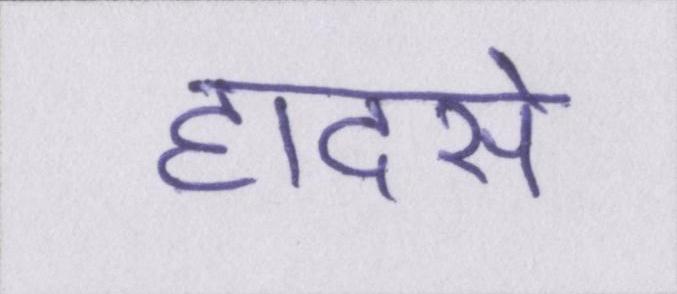
हादसे